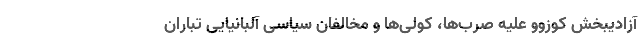
آزادیبخش کوزوو علیه صرب‌ها، کولی‌ها و مخالفان سیاسی آلبانیایی تباران